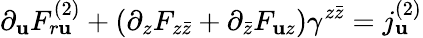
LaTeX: \partial_{\mathbf{u}}F_{r\mathbf{u}}^{(2)}+(\partial_{z}F_{z\bar{{z}}}+\partial_{\bar{{z}}}F_{\mathbf{u}z})\gamma^{z\bar{{z}}}=j_{\mathbf{u}}^{(2)}